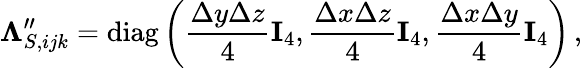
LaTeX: \mathbf\Lambda_{S,ijk}^{\prime\prime}=\operatorname{diag}\left(\frac{\Delta y\Delta z}{4}\mathbf I_{4},\frac{\Delta x\Delta z}{4}\mathbf I_{4},\frac{\Delta x\Delta y}{4}\mathbf I_{4}\right)\, ,